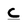
Character: c